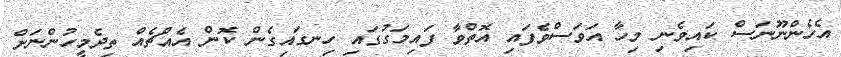
އެެހެންނޫނަސް ކައިވެނި މިހާ އަވަސްވެފައި އޮތްވާ ފައިމަގުގައި ހިނގައިގެން ކޮން އެއްޗެއް ތިދެމީހުންނަށް